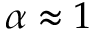
\alpha \approx 1